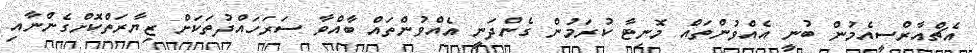
އެޗްއާރްސީއެމުން ބުނީ އެއްވުންތައް މޮނިޓާ ކުރަމުން ގެންދަނީ އެއްވުންތައް ބާއްވާ ސަރަހައްދުތަކަށް ޒިޔާރަތްކޮށްގެންނާއި